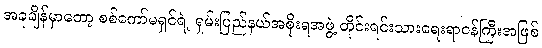
အခုချိန်မှာတော့ စစ်ကော်မရှင်ရဲ့ ရှမ်းပြည်နယ်အစိုးရအဖွဲ့ တိုင်းရင်းသားရေးရာဝန်ကြီးအဖြစ်